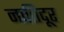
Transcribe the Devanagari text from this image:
नातिदूर